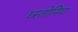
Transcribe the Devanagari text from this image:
द्य्स्तोनिया